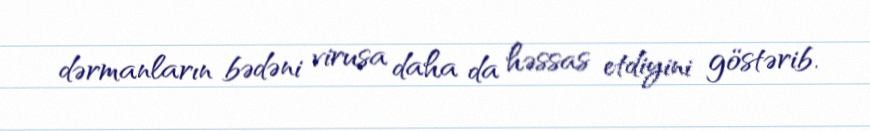
dərmanların bədəni virusa daha da həssas etdiyini göstərib.